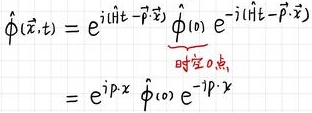
\[
\begin{align*}
\hat{\phi}(\vec{x}, t) &= e^{i(\hat{H}t - \vec{P}\cdot\vec{x})} \hat{\phi}_{(0)} e^{-i(\hat{H}t - \vec{P}\cdot\vec{x})}\\
&\overset{\text{时在}0\text{点}}{=} e^{i\hat{P}\cdot\vec{x}} \hat{\phi}_{(0)} e^{-i\hat{P}\cdot\vec{x}}
\end{align*}
\]